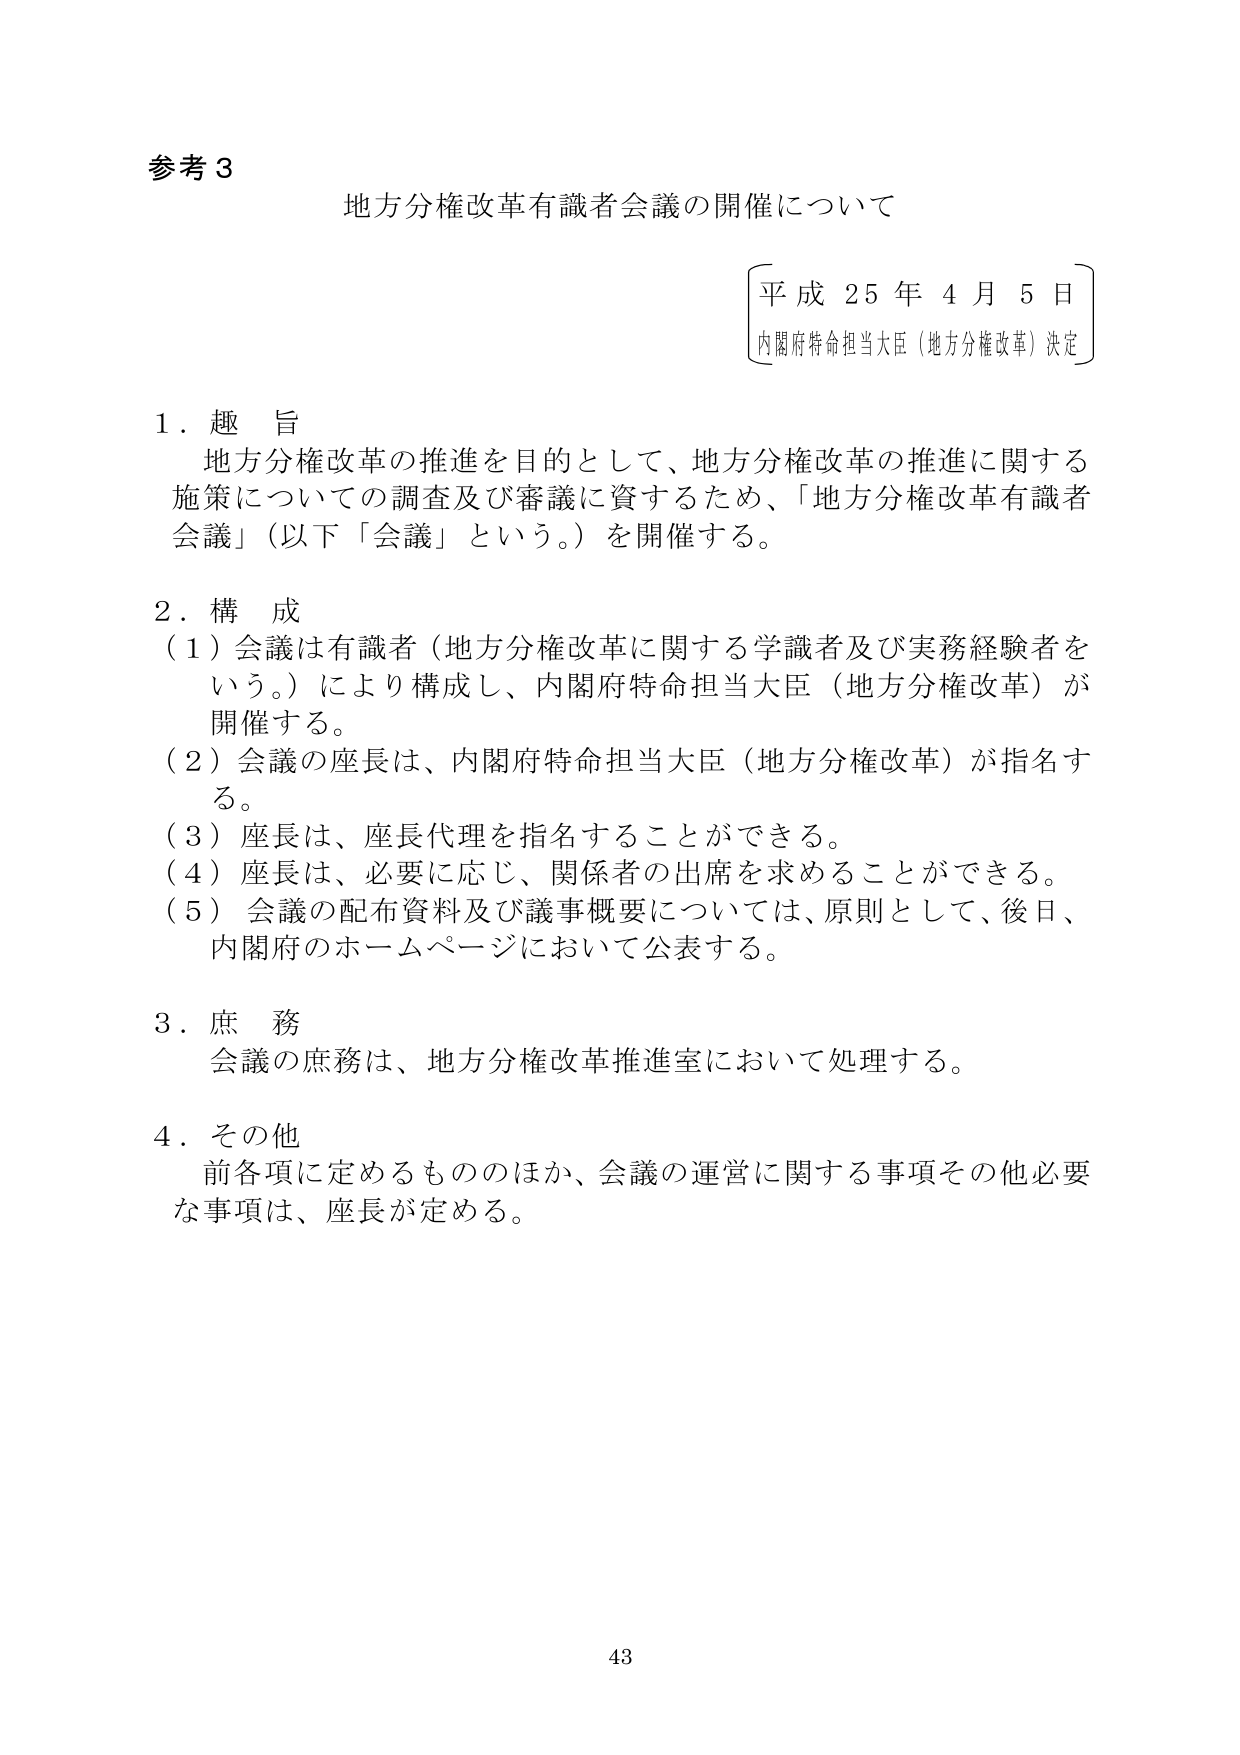
参考３
地方分権改革有識者会議の開催について

平成25年4月5日
内閣府特命担当大臣（地方分権改革）決定

１．趣旨
地方分権改革の推進を目的として、地方分権改革の推進に関する
施策についての調査及び審議に資するため、「地方分権改革有識者
会議」（以下「会議」という。）を開催する。

２．構成
（１）会議は有識者（地方分権改革に関する学識者及び実務経験者を
　　いう。）により構成し、内閣府特命担当大臣（地方分権改革）が
　　開催する。
（２）会議の座長は、内閣府特命担当大臣（地方分権改革）が指名す
　　る。
（３）座長は、座長代理を指名することができる。
（４）座長は、必要に応じ、関係者の出席を求めることができる。
（５）会議の配布資料及び議事概要については、原則として、後日、
　　内閣府のホームページにおいて公表する。

３．庶務
会議の庶務は、地方分権改革推進室において処理する。

４．その他
前各項に定めるもののほか、会議の運営に関する事項その他必要
な事項は、座長が定める。

43